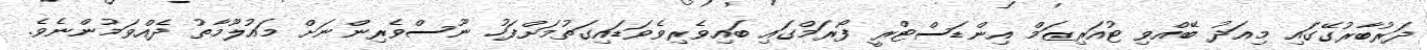
ދަރުބާރުގޭގައި މިއަދު ބޭއްވި ޓުއަރިޒަމް އިންޑަސްޓްރީ ފޯރަމްގައި ބައިވެރިވެވަޑައިގަތުމަށްފަހު ނޫސްވެރިންނަށް މައުލޫމާތު ދެއްވަމުންނެވެ.